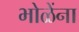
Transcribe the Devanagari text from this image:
भोळेंना